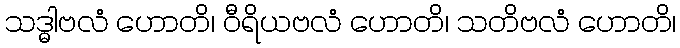
သဒ္ဓါဗလံ ဟောတိ၊ ဝီရိယဗလံ ဟောတိ၊ သတိဗလံ ဟောတိ၊